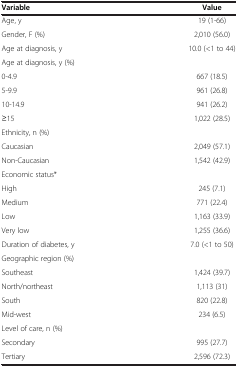
<table><thead><tr><td><b>Variable</b></td><td><b>Value</b></td></tr></thead><tbody><tr><td>Age, y</td><td>19 (1-66)</td></tr><tr><td>Gender, F (%)</td><td>2,010 (56.0)</td></tr><tr><td>Age at diagnosis, y</td><td>10.0 (&lt;1 to 44)</td></tr><tr><td>Age at diagnosis, y (%)</td><td> </td></tr><tr><td>0-4.9</td><td>667 (18.5)</td></tr><tr><td>5-9.9</td><td>961 (26.8)</td></tr><tr><td>10-14.9</td><td>941 (26.2)</td></tr><tr><td>≥15</td><td>1,022 (28.5)</td></tr><tr><td>Ethnicity, n (%)</td><td> </td></tr><tr><td>Caucasian</td><td>2,049 (57.1)</td></tr><tr><td>Non-Caucasian</td><td>1,542 (42.9)</td></tr><tr><td>Economic status*</td><td> </td></tr><tr><td>High</td><td>245 (7.1)</td></tr><tr><td>Medium</td><td>771 (22.4)</td></tr><tr><td>Low</td><td>1,163 (33.9)</td></tr><tr><td>Very low</td><td>1,255 (36.6)</td></tr><tr><td>Duration of diabetes, y</td><td>7.0 (&lt;1 to 50)</td></tr><tr><td>Geographic region (%)</td><td> </td></tr><tr><td>Southeast</td><td>1,424 (39.7)</td></tr><tr><td>North/northeast</td><td>1,113 (31)</td></tr><tr><td>South</td><td>820 (22.8)</td></tr><tr><td>Mid-west</td><td>234 (6.5)</td></tr><tr><td>Level of care, n (%)</td><td> </td></tr><tr><td>Secondary</td><td>995 (27.7)</td></tr><tr><td>Tertiary</td><td>2,596 (72.3)</td></tr></tbody></table>